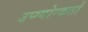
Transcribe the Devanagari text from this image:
उप्ग्योग्कर्ता